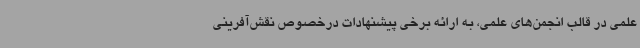
علمی در قالب انجمن‌های علمی، به ارائه برخی پیشنهادات درخصوص نقش‌آفرینی